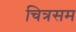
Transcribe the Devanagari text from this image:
चित्रसम